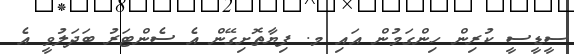
ސީޑީސީ ކުރިން ހިންގަމުން އައި މ. ފިޔާތޮށިގޭން އެ ސެންޓަރު ބަދަލުވީ އެ